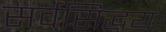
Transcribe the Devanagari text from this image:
सर्वसिद्धयः